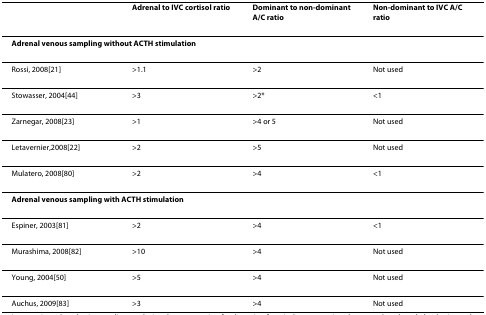
<table><thead><tr><td></td><td><b>Adrenal to IVC cortisol ratio</b></td><td><b>Dominant to non-dominant A/C ratio</b></td><td><b>Non-dominant to IVC A/C ratio</b></td></tr></thead><tbody><tr><td colspan="4"><b>Adrenal venous sampling without ACTH stimulation</b></td></tr><tr><td>Rossi, 2008[21]</td><td>&gt;1.1</td><td>&gt;2</td><td>Not used</td></tr><tr><td>Stowasser, 2004[44]</td><td>&gt;3</td><td>&gt;2*</td><td>&lt;1</td></tr><tr><td>Zarnegar, 2008[23]</td><td>&gt;1</td><td>&gt;4 or 5</td><td>Not used</td></tr><tr><td>Letavernier,2008[22]</td><td>&gt;2</td><td>&gt;5</td><td>Not used</td></tr><tr><td>Mulatero, 2008[80]</td><td>&gt;2</td><td>&gt;4</td><td>&lt;1</td></tr><tr><td colspan="4"><b>Adrenal venous sampling with ACTH stimulation</b></td></tr><tr><td>Espiner, 2003[81]</td><td>&gt;2</td><td>&gt;4</td><td>&lt;1</td></tr><tr><td>Murashima, 2008[82]</td><td>&gt;10</td><td>&gt;4</td><td>Not used</td></tr><tr><td>Young, 2004[50]</td><td>&gt;5</td><td>&gt;4</td><td>Not used</td></tr><tr><td>Auchus, 2009[83]</td><td>&gt;3</td><td>&gt;4</td><td>Not used</td></tr></tbody></table>